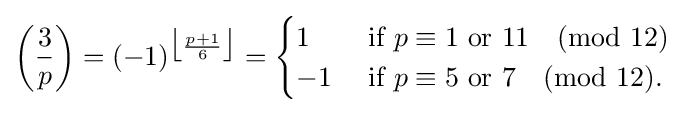
\left({\frac {3}{p}}\right)=(-1)^{{\big \lfloor }{\frac {p+1}{6}}{\big \rfloor }}={\begin{cases}1&{\mbox{ if }}p\equiv 1{\mbox{ or }}11{\pmod {12}}\\-1&{\mbox{ if }}p\equiv 5{\mbox{ or }}7{\pmod {12}}.\end{cases}}